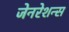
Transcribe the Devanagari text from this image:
जेनरेशन्स